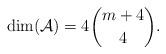
LaTeX: \begin{align*}{\rm dim}(\mathcal{A})=4{m+4\choose 4}.\end{align*}